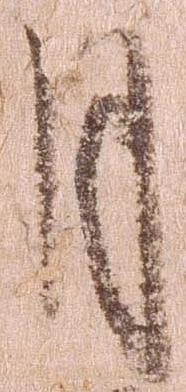
月